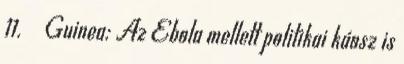
11. ↑ Guinea: Az Ebola mellett politikai káosz is